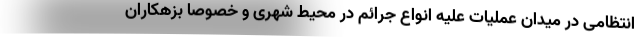
انتظامی در میدان عملیات علیه انواع جرائم در محیط شهری و خصوصا بزهکاران